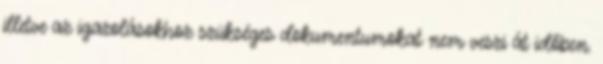
illetve az igazolásokhoz szükséges dokumentumokat nem veszi át időben.